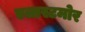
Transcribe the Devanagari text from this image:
एलास्टमोर